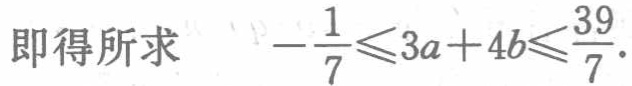
即得所求 \(-\frac{1}{7}\leqslant3a + 4b\leqslant\frac{39}{7}\)